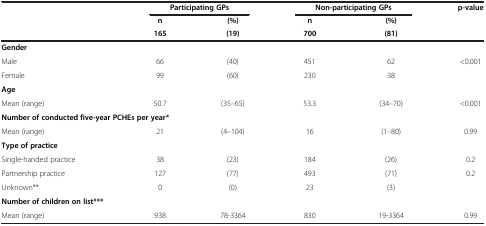
<table><thead><tr><td><b> </b></td><td colspan="2"><b>Participating GPs</b></td><td colspan="2"><b>Non-participating GPs</b></td><td><b>p-value</b></td></tr><tr><td><b> </b></td><td><b>n</b></td><td><b>(%)</b></td><td><b>n</b></td><td><b>(%)</b></td><td><b> </b></td></tr><tr><td><b> </b></td><td><b>165</b></td><td><b>(19)</b></td><td><b>700</b></td><td><b>(81)</b></td><td><b> </b></td></tr></thead><tbody><tr><td><b>Gender</b></td><td> </td><td> </td><td> </td><td> </td><td> </td></tr><tr><td>Male</td><td>66</td><td>(40)</td><td>451</td><td>62</td><td>&lt;0.001</td></tr><tr><td>Female</td><td>99</td><td>(60)</td><td>230</td><td>38</td><td> </td></tr><tr><td><b>Age</b></td><td> </td><td> </td><td> </td><td> </td><td> </td></tr><tr><td>Mean (range)</td><td>50.7</td><td>(35–65)</td><td>53.3</td><td>(34–70)</td><td>&lt;0.001</td></tr><tr><td colspan="3"><b>Number of conducted five-year PCHEs per year*</b></td><td> </td><td> </td><td> </td></tr><tr><td>Mean (range)</td><td>21</td><td>(4–104)</td><td>16</td><td>(1–80)</td><td>0.99</td></tr><tr><td><b>Type of practice</b></td><td> </td><td> </td><td> </td><td> </td><td> </td></tr><tr><td>Single-handed practice</td><td>38</td><td>(23)</td><td>184</td><td>(26)</td><td>0.2</td></tr><tr><td>Partnership practice</td><td>127</td><td>(77)</td><td>493</td><td>(71)</td><td>0.2</td></tr><tr><td>Unknown**</td><td>0</td><td>(0)</td><td>23</td><td>(3)</td><td> </td></tr><tr><td><b>Number of children on list***</b></td><td> </td><td> </td><td> </td><td> </td><td> </td></tr><tr><td>Mean (range)</td><td>938</td><td>78-3364</td><td>830</td><td>19-3364</td><td>0.99</td></tr></tbody></table>